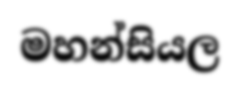
මහන්සියල